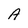
Character: A